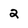
Character: 2